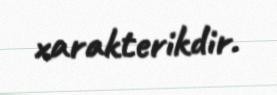
xarakterikdir.